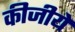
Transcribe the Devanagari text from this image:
कीजीये